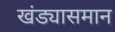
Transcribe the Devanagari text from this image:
खंड्यासमान